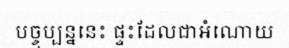
បច្ចុប្បន្ននេះ ផ្ទះដែលជាអំណោយ